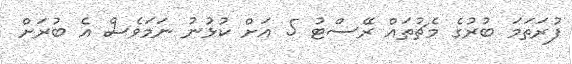
ފުރަތަމަ ބުރުގެ މެޗުތައް ރޭސްޓު 5 އަށް ކުޅުނު ނަމަވެސް އެ ބުރަށް